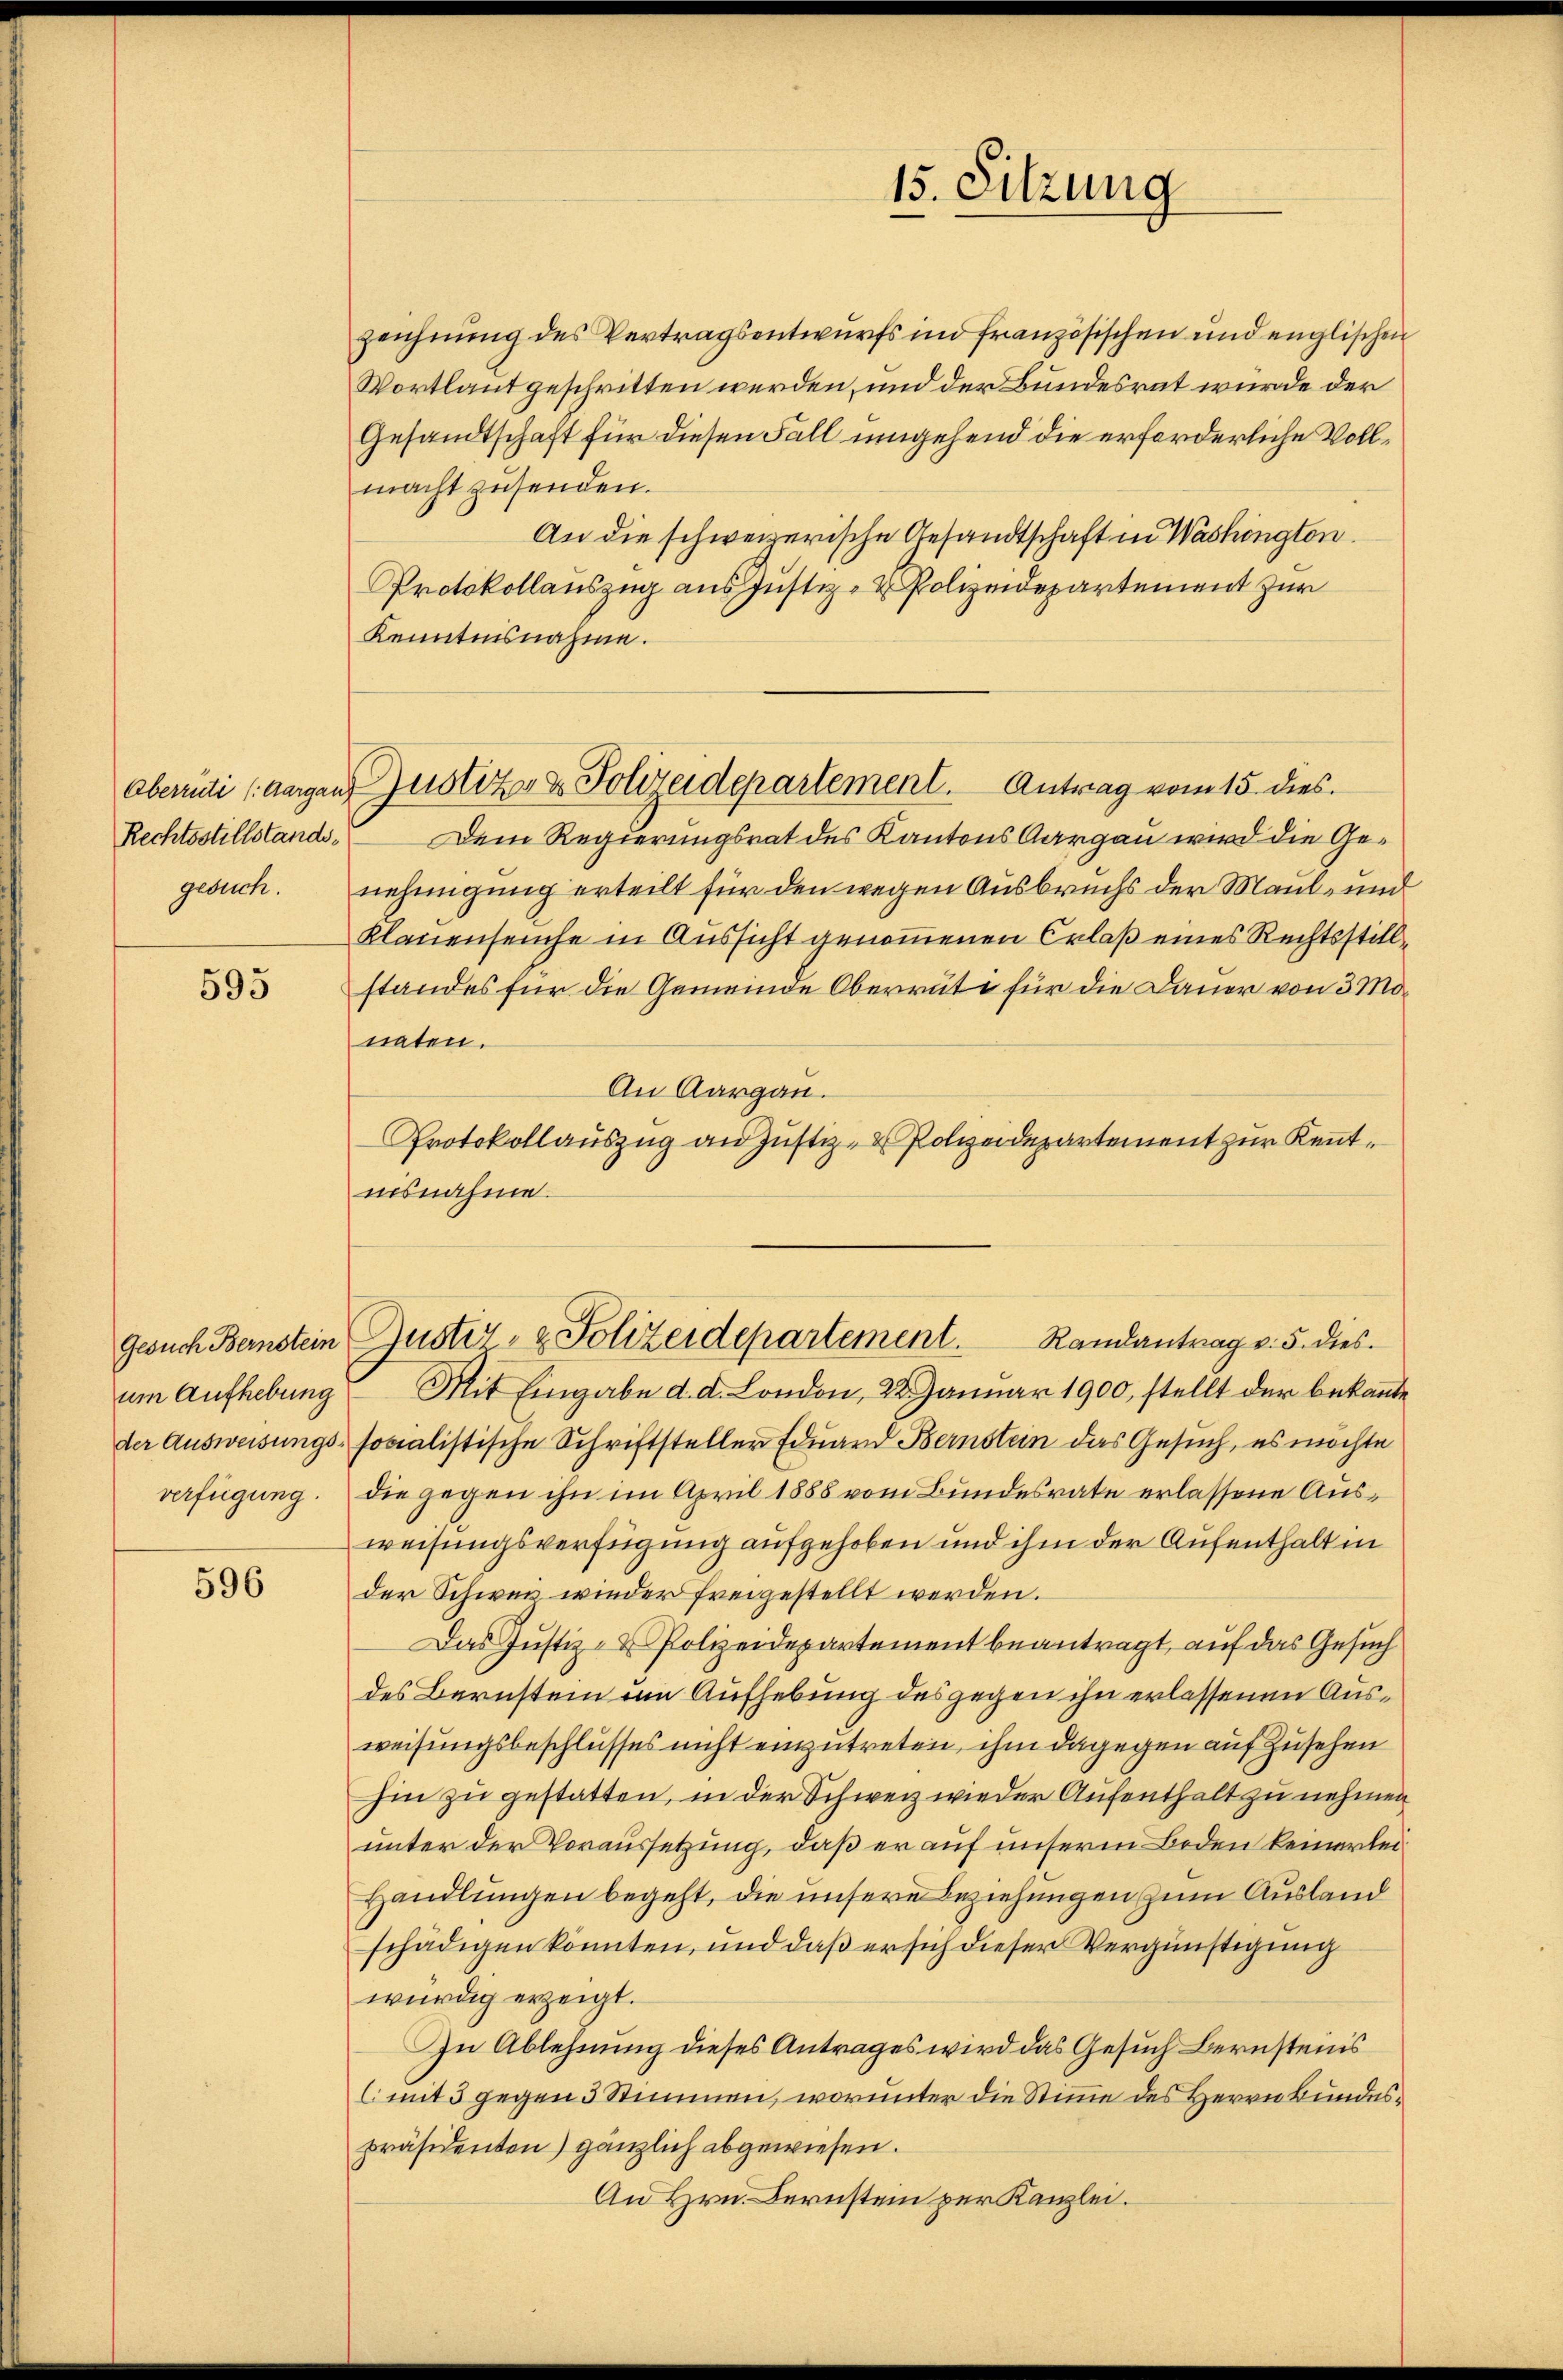
Rechtsstillstands-
gesuch.

595

Gesuch Bernstein
um Aufhebung
der Ausweisungs-

596

zeichnung des Vertragsentwurfs und französischen und englischen
Wortlaut geschritten werden, und der Bundesrat würde der
Gesandtschaft für diesen Fall umgehend die erforderliche Vollmacht zusenden.
An die schweizerische Gesandtschaft in Washington
Protokollauszug aus Justiz- & Polizeidepartement zur
Kenntnisnahme.
Dem Regierungsrat des Kantons Aargau wird die Genehmigung erteilt für den wegen Ausbruchs der Maul- und
Klauenseuche in Aussicht genommenen Erlaß eines Rechtsstillstandes für die Gemeinde Oberrüti für die Dauer von 3 Monaten.
An Aargau.
Protokollauszug an Justiz- & Polizeidepartement zur Kenntnisnahme.
Guster- & Polizeidepartement.
Randantrag v. 5. dies
Mit Eingabe d. d. London, 22. Januar 1900, stellt der bekannte
socialistische Schriftsteller Eduard Bernstein das Gesuch, es möchte
verfügung. Die gegen ihn im April 1888 vom Bundesrate erlassene Ausweisungsverfügung aufgehoben und ihm der Aufenthalt in
der Schweiz wieder freigestellt werden.
Das Justiz- & Polizeidepartement beantragt, auf das Gesuch
des Bernstein im Aufhebung des gegen ihn erlassenen Ausweisungsbeschlusses nicht einzutreten, ihm dagegen auf zusehen
hin zu gestatten, in der Schweiz wieder Aufenthalt zu nehmen
unter der Voraussetzung, daß er auf unserm Beden keinerlei
Handlungen begeht, die unsere Beziehungen zum Ausland
schädigen könnten, und daß er sich dieser Vergünstigung
würdig erzeigt.
In Ablehnung dieses Antrages wird das Gesuch Bernsteins
(mit 3 gegen 3 Stimmen, worunter die Stimme des Herrn Bundespräsidenten) gänzlich abgewiesen.
An Hrn. Bernstein per Kanzlei.

15. Sitzung

Oberrüti (dargen Justiz- & Polizeidepartement. Antrag vom 15. dies